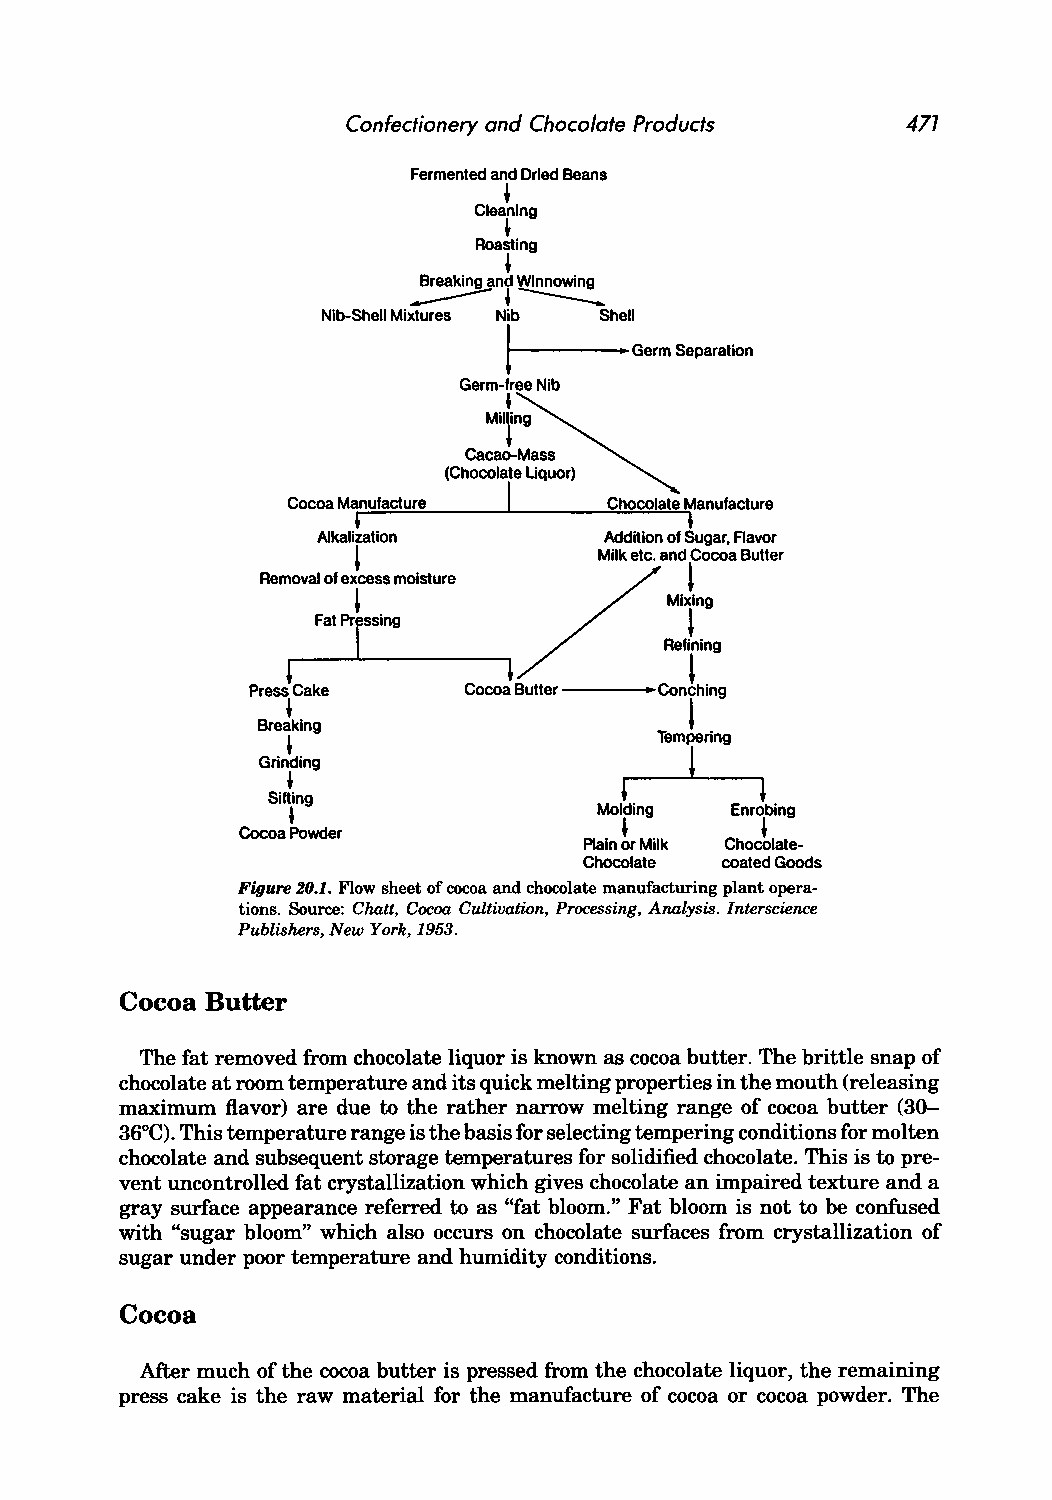
Confectionery and Chocolate Products 477
 ,
 Fermented and Dried Beans
 Clea,nin g
 ~
 Roasting
 _........-.B.-r.e.-a k -ing
 -
 aTnd
 ,-
 W -i -nn
 -
 o -w -in =g
 .
 "~Gonn_""
 Germ-free Nib
 +
 Mil,ng
 Cacao-Mass
 (Chocolate Uquor)
 I
 Cocoa Ma,n ufacture  Chocolate Mt anufacture
 _d-t--
 Alkalization       Addition of Sugar, Aavor
 /Milketc.a:~I~Butter
 l
 Fat PrrSSing
 _                   Reflin ing
 ,~--~----~,
 Press Cake    Cocoa Butter • Conching
 I
 Bre!klng
 ,                       TemIpe ring
 Grinding
 ,
 l
 SiJing                 ,
 ,                   Molding  Enrobing
 Cocoa Powder             ,
 Plain or Milk Chocolate
 Chocolate coated Goods
 Figure 20.1. Flow sheet of cocoa and chocolate manufacturing plant opera
 tions. Source: Chatt, Cocoa Cultivation, Processing, Analysis. Interscience
 Publishers, New York, 1953.
 Cocoa Butter
 The fat removed from chocolate liquor is known as cocoa butter. The brittle snap of
 chocolate at room temperature and its quick melting properties in the mouth (releasing
 maximum flavor) are due to the rather narrow melting range of cocoa butter (30-
 36 e). This temperature range is the basis for selecting tempering conditions for molten
 D
 chocolate and subsequent storage temperatures for solidified chocolate. This is to pre
 vent uncontrolled fat crystallization which gives chocolate an impaired texture and a
 gray surface appearance referred to as "fat bloom." Fat bloom is not to be confused
 with "sugar bloom" which also occurs on chocolate surfaces from crystallization of
 sugar under poor temperature and humidity conditions.
 Cocoa
 After much of the cocoa butter is pressed from the chocolate liquor, the remaining
 press cake is the raw material for the manufacture of cocoa or cocoa powder. The